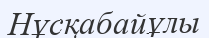
Нұсқабайұлы